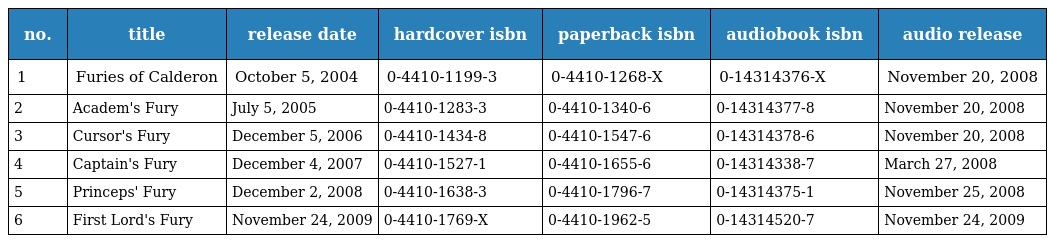
| no. | title | release date | hardcover isbn | paperback isbn | audiobook isbn | audio release |
 | --- | --- | --- | --- | --- | --- | --- |
 | 1 | Furies of Calderon | October 5, 2004 | 0-4410-1199-3 | 0-4410-1268-X | 0-14314376-X | November 20, 2008 |
 | 2 | Academ's Fury | July 5, 2005 | 0-4410-1283-3 | 0-4410-1340-6 | 0-14314377-8 | November 20, 2008 |
 | 3 | Cursor's Fury | December 5, 2006 | 0-4410-1434-8 | 0-4410-1547-6 | 0-14314378-6 | November 20, 2008 |
 | 4 | Captain's Fury | December 4, 2007 | 0-4410-1527-1 | 0-4410-1655-6 | 0-14314338-7 | March 27, 2008 |
 | 5 | Princeps' Fury | December 2, 2008 | 0-4410-1638-3 | 0-4410-1796-7 | 0-14314375-1 | November 25, 2008 |
 | 6 | First Lord's Fury | November 24, 2009 | 0-4410-1769-X | 0-4410-1962-5 | 0-14314520-7 | November 24, 2009 |